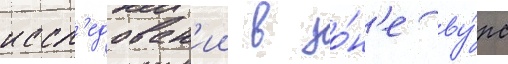
иссл'едован'ии в зо́н'е ву́рс